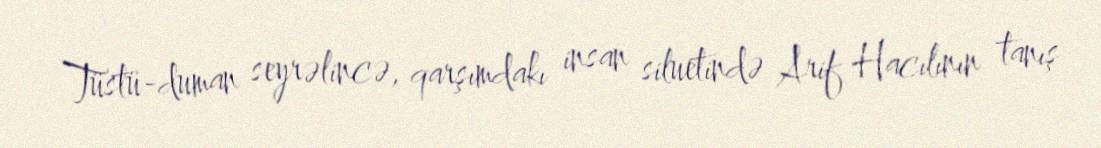
Tüstü-duman seyrəlincə, qarşımdakı insan siluetində Arif Hacılının tanış